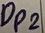
Text: DP2